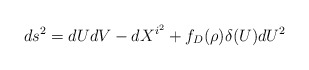
\begin{align*}ds^2=dUdV-dX^{i^2}+f_D(\rho) \delta(U)dU^2\end{align*}